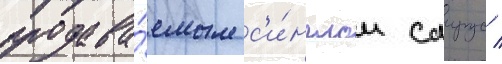
продава́емым с'и́нглом саирус /